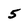
Character: 5